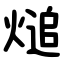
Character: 㷟